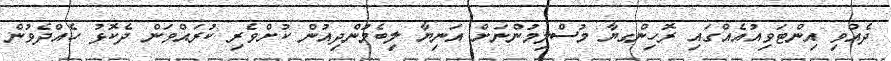
ދެއްވި އިންޓަވިއުއެއްގައި ރޮހިންގޔާ މުސްލިމުންނަށް އަނިޔާ ލިބެމުންދިއުން ކުށްވެރި ކުރައްވަން ދެކޮޅު ހެއްދެވުން